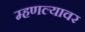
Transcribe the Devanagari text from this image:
म्हणल्यावर